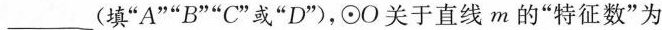
_____(填”A””B””C”或”D”)，⊙O关于直线m的”特征数”为